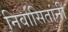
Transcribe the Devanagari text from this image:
निर्वासितांनी